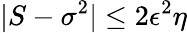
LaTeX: |S-\sigma^{2}|\leq 2\epsilon^{2}\eta